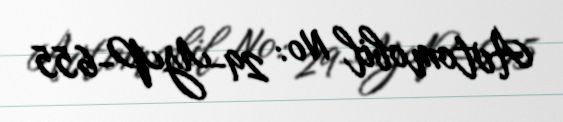
Avtomobil №: 29-YP-655